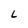
Character: L